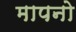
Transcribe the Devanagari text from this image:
मापनो